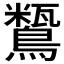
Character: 𪅒